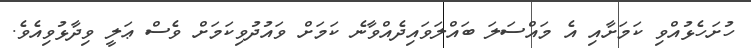
ހުށަހެޅުއްވި ކަމަށާއި އެ މައްސަލަ ބައްލަވައިދެއްވާނެ ކަމަށް ވައުދުވިކަމަށް ވެސް ޢަލީ ވިދާޅުވިއެވެ.